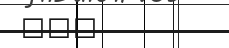
١١٣